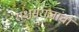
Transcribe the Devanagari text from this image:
राक्षसराजांचा